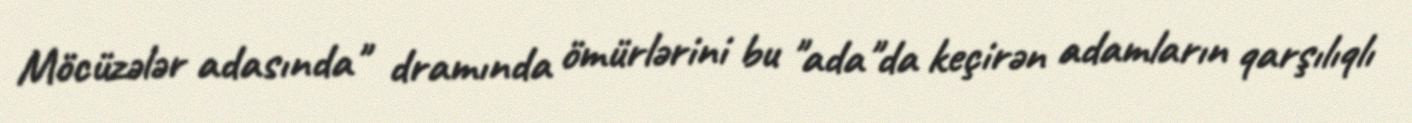
Möcüzələr adasında" dramında ömürlərini bu "ada"da keçirən adamların qarşılıqlı